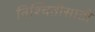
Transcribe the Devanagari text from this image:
निश्चितीसाठी